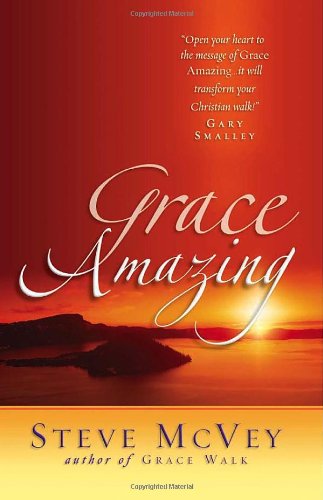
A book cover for Grace Amazing; Steve McVey; Christian Books & Bibles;